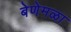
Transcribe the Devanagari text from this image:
बेणेमळा